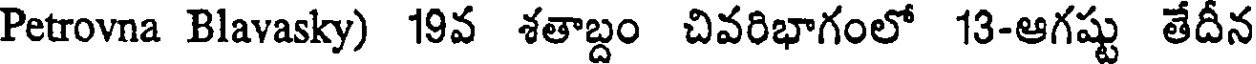
Petrovna Blavasky) 19వ శతాబ్దం చివరిభాగంలో 13-ఆగష్టు తేదీన